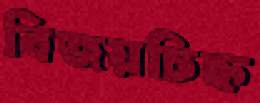
বিজয়চিহ্ন